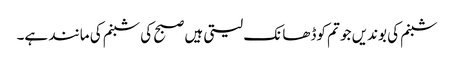
شبنم کی بوندیں جو تم کوڈھانک لیتی ہیں صبح کی شبنم کی مانند ہے۔